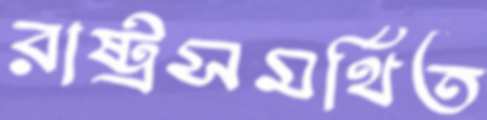
রাষ্ট্রসমর্থিত